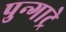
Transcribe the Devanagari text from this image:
पुन्गाट्रे